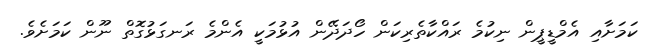
ކަމަށާއި އެމްޑީޕީން ނިކުމެ ރައްކާތެރިކަން ހޯދަދޭން އުޅުމަކީ އެންމެ ރަނގަޅުގޮތް ނޫން ކަމަށެވެ.